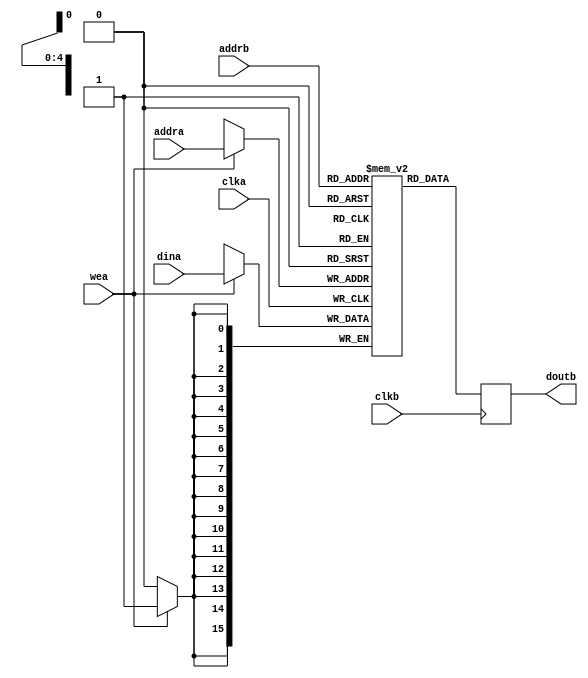
module ad_mem (

  clka,
  wea,
  addra,
  dina,

  clkb,
  addrb,
  doutb);

  parameter       DATA_WIDTH = 16;
  parameter       ADDRESS_WIDTH =  5;
  localparam      DW = DATA_WIDTH - 1;
  localparam      AW = ADDRESS_WIDTH - 1;

  input           clka;
  input           wea;
  input   [AW:0]  addra;
  input   [DW:0]  dina;

  input           clkb;
  input   [AW:0]  addrb;
  output  [DW:0]  doutb;

  reg     [DW:0]  m_ram[0:((2**ADDRESS_WIDTH)-1)];
  reg     [DW:0]  doutb;

  always @(posedge clka) begin
    if (wea == 1'b1) begin
      m_ram[addra] <= dina;
    end
  end

  always @(posedge clkb) begin
    doutb <= m_ram[addrb];
  end

endmodule